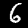
Label: 6